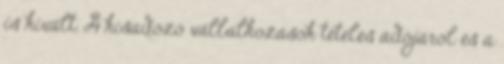
is kivált. A kisadózó vállalkozások tételes adójáról és a